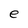
Character: e